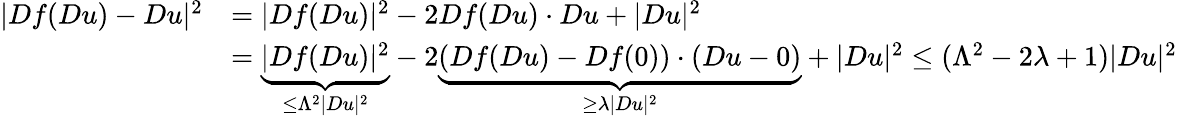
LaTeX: \begin{array}{rl}{|Df(Du)-Du|^{2}}&{=|Df(Du)|^{2}-2Df(Du)\cdot Du+|Du|^{2}}\\ &{=\underbrace{|Df(Du)|^{2}}_{\leq\Lambda^{2}|Du|^{2}}-2\underbrace{(Df(Du)-Df(0))\cdot(Du-0)}_{\geq\lambda|Du|^{2}}+|Du|^{2}\leq(\Lambda^{2}-2\lambda+1)|Du|^{2}}\end{array}